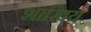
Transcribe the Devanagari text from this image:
शाखिय